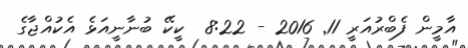
އާމީން ފެބްރުއަރީ 11